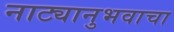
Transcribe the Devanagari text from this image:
नाट्यानुभवाचा